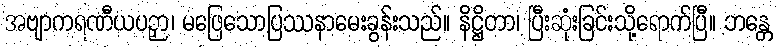
အဗျာကရဏီယပဉှာ၊ မဖြေသောပြဿနာမေးခွန်းသည်။ နိဋ္ဌိတာ၊ ပြီးဆုံးခြင်းသို့ရောက်ပြီ။ ဘန္တေ